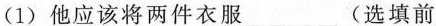
(1)他应该将两件衣服___(选填前